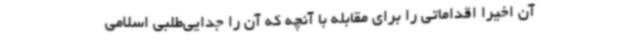
آن اخیرا اقداماتی را برای مقابله با آنچه که آن را جدایی‌طلبی اسلامی